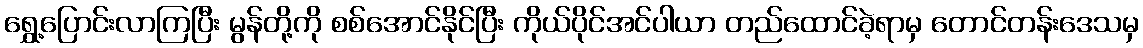
ရွှေ့ပြောင်းလာကြပြီး မွန်တို့ကို စစ်အောင်နိုင်ပြီး ကိုယ်ပိုင်အင်ပါယာ တည်ထောင်ခဲ့ရာမှ တောင်တန်းဒေသမှ